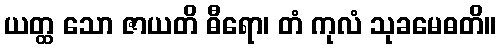
ယတ္ထ သော ဇာယတိ ဓီရော၊ တံ ကုလံ သုခမေဓတိ။